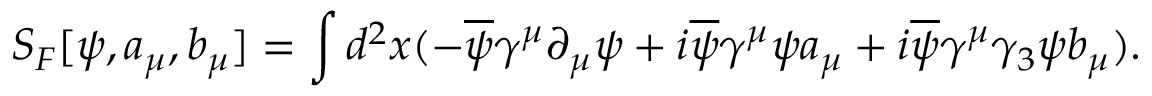
S _ { F } [ \psi , a _ { \mu } , b _ { \mu } ] = \int d ^ { 2 } x ( - \overline { { { \psi } } } \gamma ^ { \mu } \partial _ { \mu } \psi + i \overline { { { \psi } } } \gamma ^ { \mu } \psi a _ { \mu } + i \overline { { { \psi } } } \gamma ^ { \mu } \gamma _ { 3 } \psi b _ { \mu } ) .